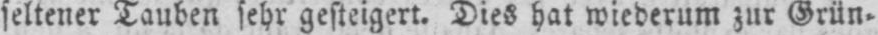
seltener Tauben sehr gesteigert. Dies hat wiederum zur Grün⸗